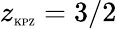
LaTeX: z_{\mathrm{\tiny KPZ}}=3/2